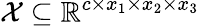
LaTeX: \mathcal{X}\subseteq\mathbb{R}^{c\times x_{1}\times x_{2}\times x_{3}}